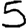
Digit: 5